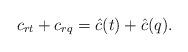
LaTeX: \begin{gather*}c_{rt}+c_{rq}=\hat c(t)+\hat c(q).\end{gather*}